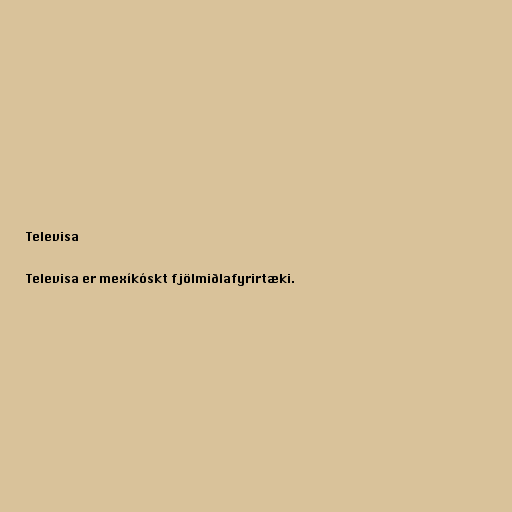
Televisa

Televisa er mexíkóskt fjölmiðlafyrirtæki.